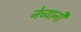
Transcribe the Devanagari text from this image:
नेच्यानी